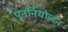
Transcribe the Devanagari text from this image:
पुनर्नियोजन